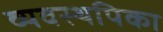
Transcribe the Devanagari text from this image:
व्यवस्थपिका